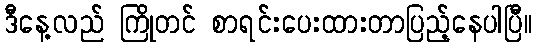
ဒီနေ့လည် ကြိုတင် စာရင်းပေးထားတာပြည့်နေပါပြီ။